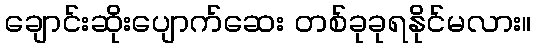
ချောင်းဆိုးပျောက်ဆေး တစ်ခုခုရနိုင်မလား။